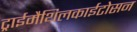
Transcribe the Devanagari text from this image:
ट्राईमैथिलकाईटोसन